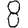
Digit: 8